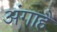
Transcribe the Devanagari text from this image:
अंगाहै